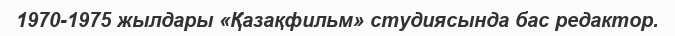
1970-1975 жылдары «Қазақфильм» студиясында бас редактор.